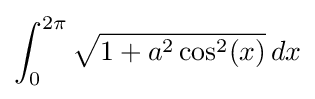
\int _{0}^{2\pi }{\sqrt {1+a^{2}\cos ^{2}(x)}}\,dx